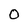
Character: O